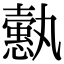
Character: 𢣞